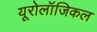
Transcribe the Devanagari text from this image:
यूरोलॉजिकल